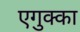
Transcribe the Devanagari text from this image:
एगुक्का